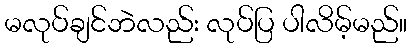
မလုပ်ချင်ဘဲလည်း လုပ်ပြ ပါလိမ့်မည်။